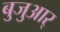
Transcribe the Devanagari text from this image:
बुजुआर्